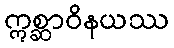
ဣစ္ဆာဝိနယဿ